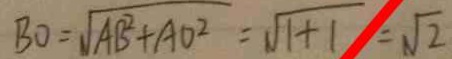
B O = \sqrt { A B ^ { 2 } + A O ^ { 2 } } = \sqrt { 1 + 1 } = \sqrt { 2 }